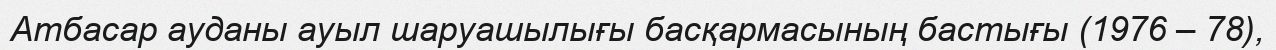
Атбасар ауданы ауыл шаруашылығы басқармасының бастығы (1976 – 78),